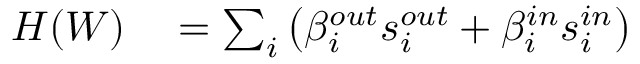
\begin{array} { r l } { H ( W ) } & { { } = \sum _ { i } \left( \beta _ { i } ^ { o u t } s _ { i } ^ { o u t } + \beta _ { i } ^ { i n } s _ { i } ^ { i n } \right) } \end{array}